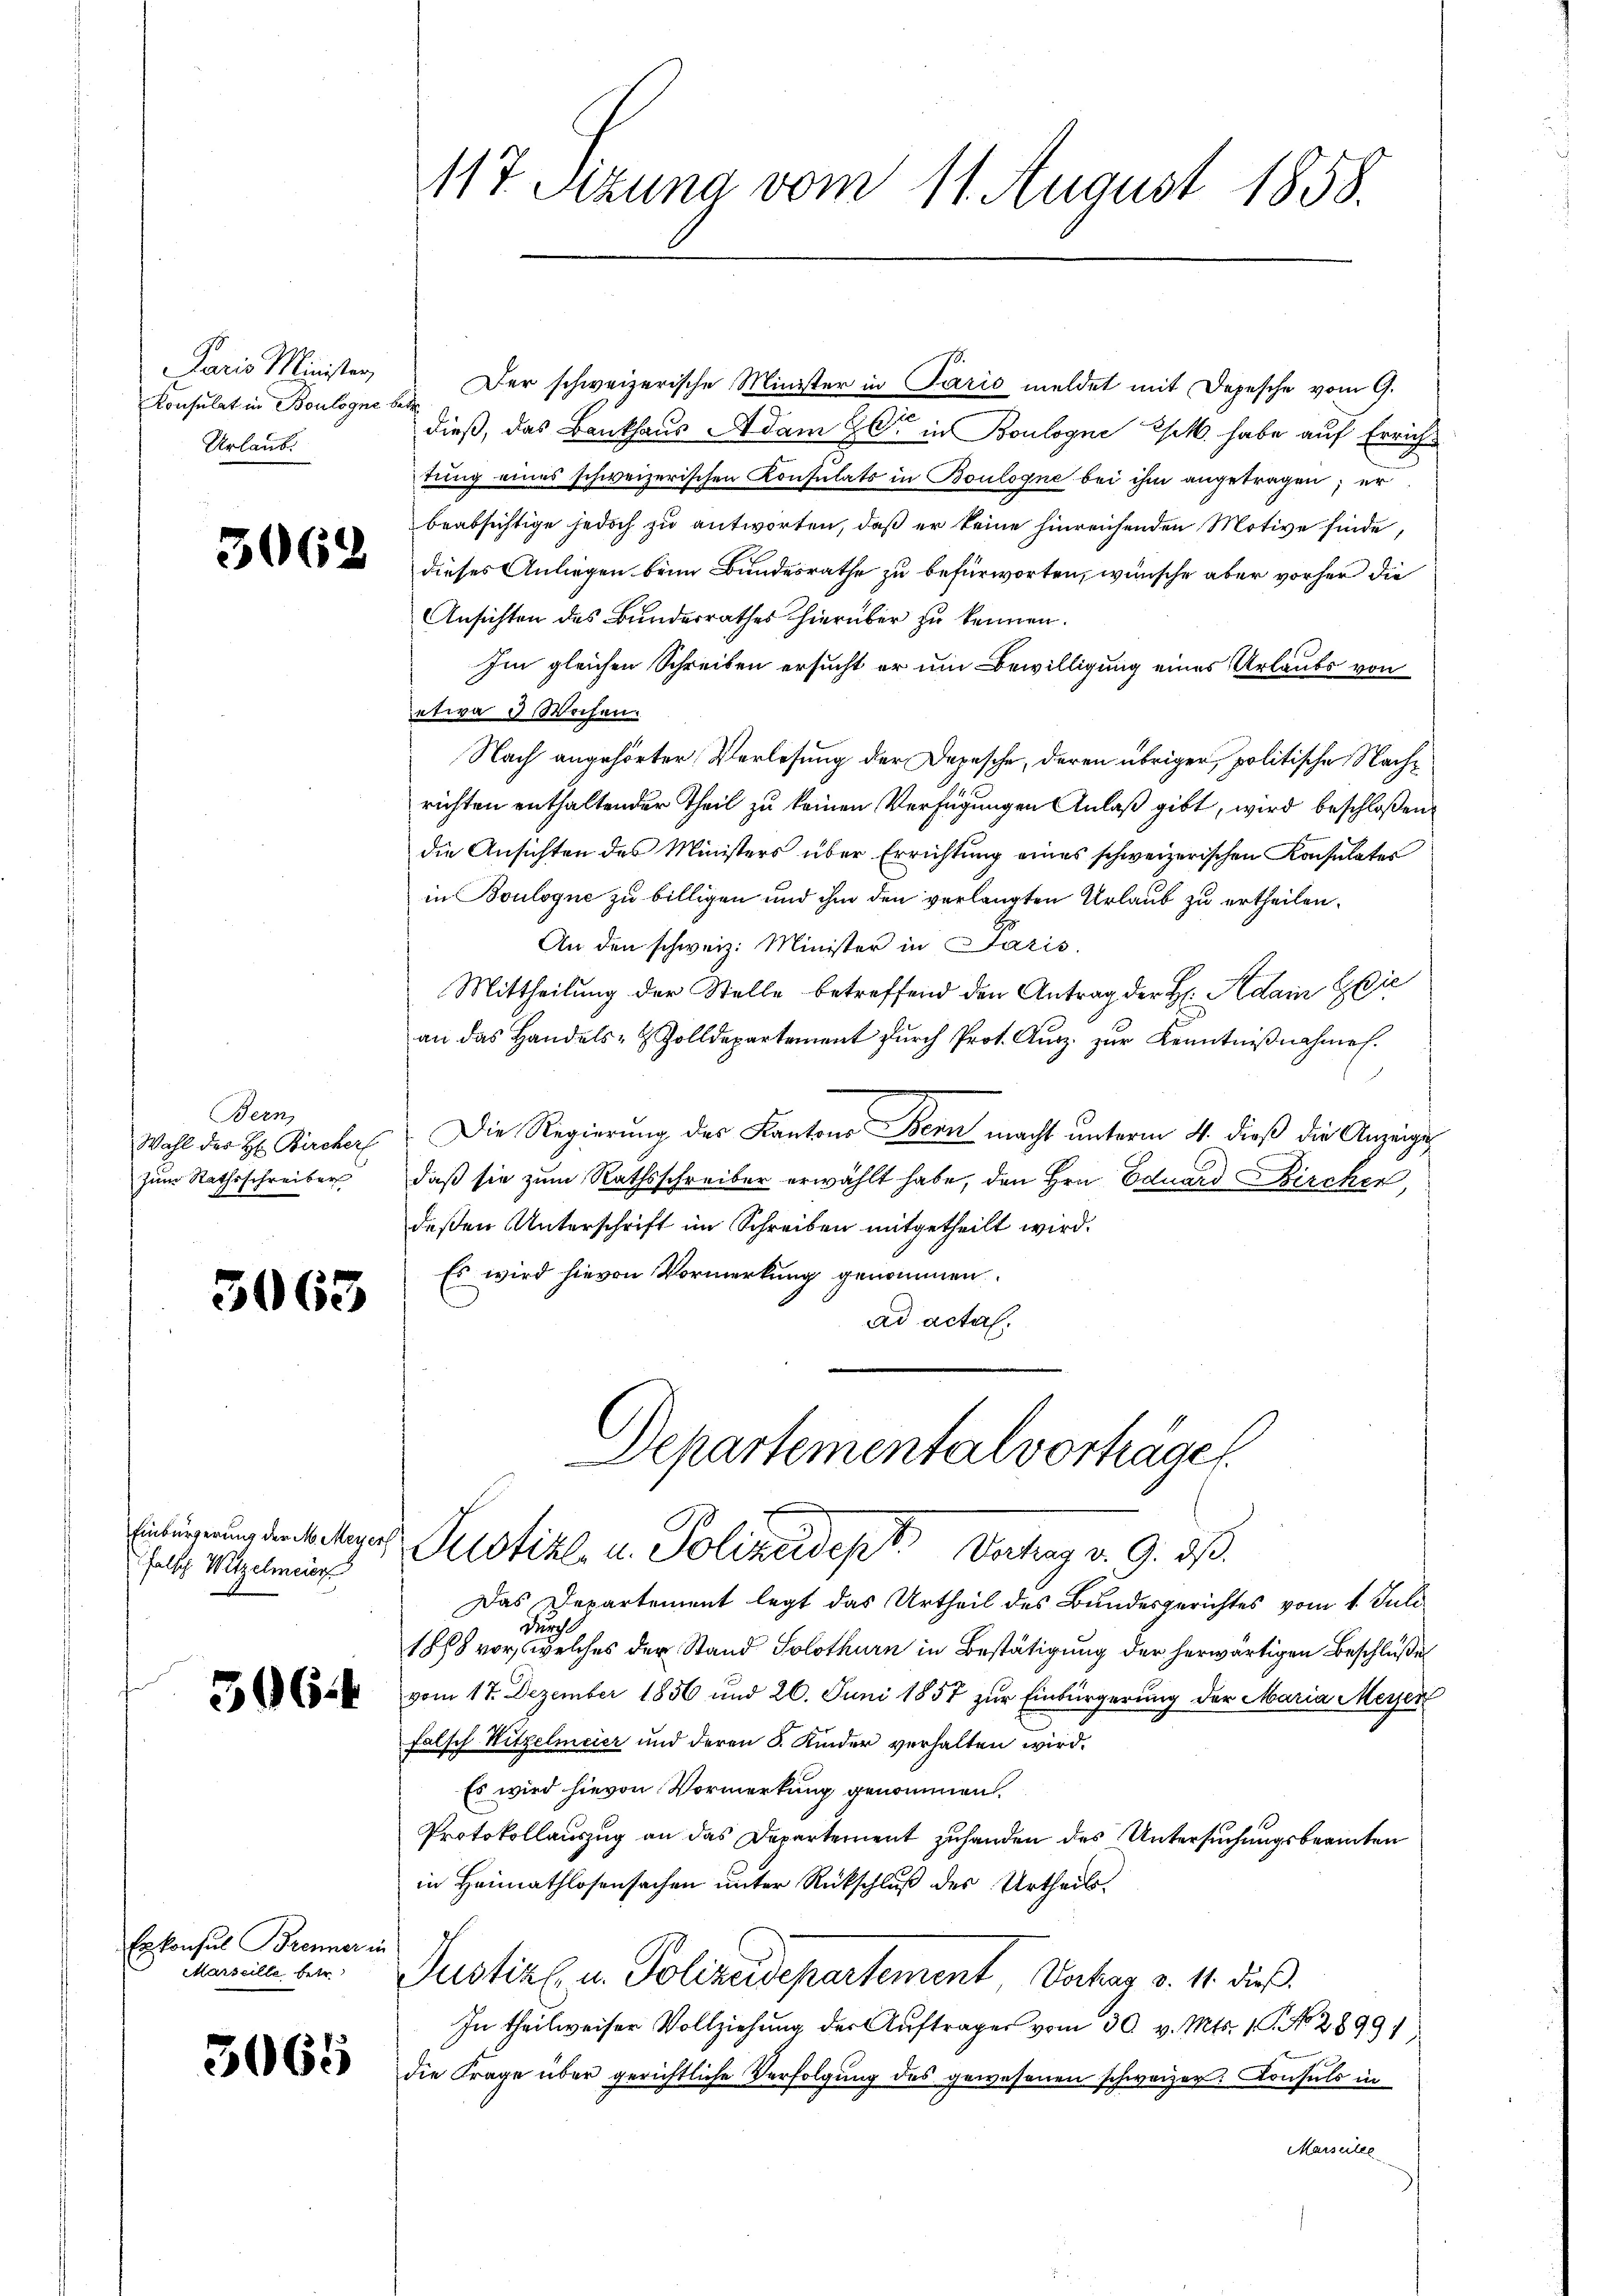
Paris Minister,
Konsulat in Boulogne betr
Urlaub.

3062

Bern,
zum Rathsschreiber

3063

506 f

3065

falsch Witzelmeier

Erkonsul Brenner in
Marseille betr.

Der schweizerische Minister in Paris meldet mit Depesche vom 9.
dieß, das Bankhaus Adam C in Boulogne est habe auf Errichtung eines schweizerischen Konsulats in Boulogne bei ihm angetragen; er
beabsichtige jedoch zu antworten, daß er keine hinreichenden Motive finde,
dieses Anliegen beim Bundesrathe zu befürworten, wünsche aber vorher die
Ansichten des Bundesrathes hierüber zu kennen.
Im gleichen Schreiben ersucht er um Bewilligung eines Urlaubs von
etwa 3 Wochen.
Nach angehörter Verlesung der Depesche, deren übriger, politische Nachrichten enthaltender Theil zu keinen Verfügungen Anlaß gibt, wird beschloßen
die Ansichten des Ministers über Errichtung eines schweizerischen Konsulates
in Boulogne zu billigen und ihm den verlangten Urlaub zu ertheilen.
An den schweiz. Minister in Paris.
Mittheilung der Stelle betreffend den Antrag der H. Adam Gie
an das Handels- & Zolldepartement dŭrch Prot. Aŭsz. zŭr Kenntniβnahme.
Wahl der H: Bircher. Die Regierung des Kantons Bern macht ŭnterm 4. dieß die Anzeige
daß sie zum Rathsschreiber erwählt habe, den Hrn. Eduard Bircher,
deßen Unterschrift im Schreiben mitgetheilt wird.
Es wird hievon Vormerkung genommen.
ad acta.

117. Setzung vom 11. August 1858.

Departemental vorträgen
Eiligung der belagen Selotikl- u. Polizeidept. Vertrag v. 9. dβ.

Das Departement legt das Urtheil des Bundesgerichtes vom 1. Juli
Durchl
1888 vor, welches der Stand Solothurn in Bestätigung der herwärtigen Beschlußes
vom 17. Dezember 1856 und 26. Juni 1857 zur Einbürgerung der Maria Meyer
falsch Hitzelmeier und deren S. Kinder verhalten wird.
Es wird hievon Vormerkung genommen.
Protokollauszug an das Departement zuhanden des Untersuchungsbeamten
in Heimathlosensachen unter Rückschluß des Urtheils.
Justiz- u. Polizeidepartement Verhag v. 4. dieß.
In theilweiser Vollziehung der Aŭftrages vom 30. v. Mts. 1. No. 2899/
die Frage über gerichtliche Verfolgung des gewesenen schweizer. Konsuls in
Marseite